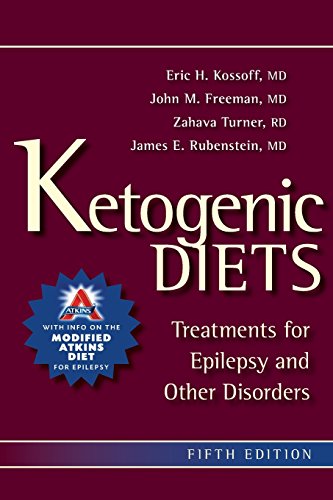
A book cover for Ketogenic Diets; Eric Kossoff MD; Health, Fitness & Dieting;